Document type: Recognition
Year: 1250
Scribe: Pere Marquès
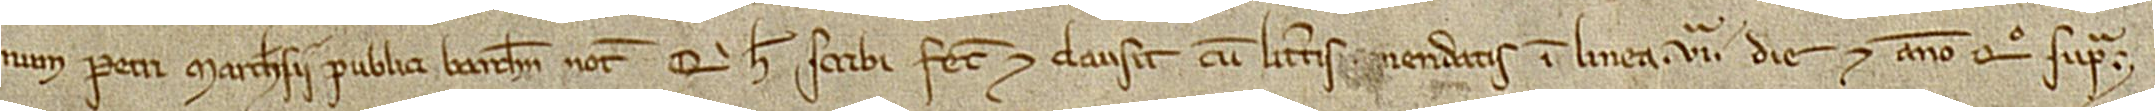
num Petri Marchesii, publici Barchinone notarii, qui hec scribi fecit et clausit cum litteris [em]endatis in linea VIª, die et anno quo supra.